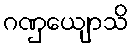
ဂဏှေယျာသိ